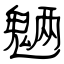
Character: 魉